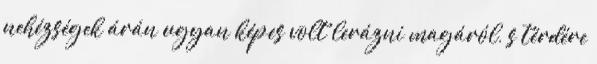
nehézségek árán ugyan képes volt lerázni magáról, s térdére